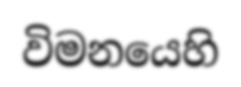
විමනයෙහි